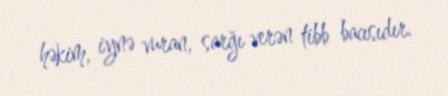
həkim, iynə vuran, sarğı verən tibb bacısıdır.